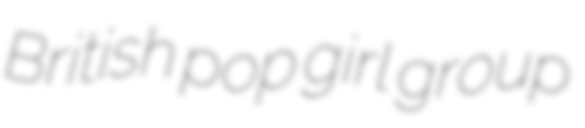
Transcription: British pop girl group